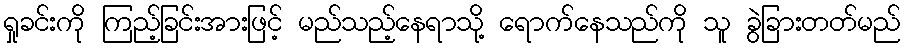
ရှုခင်းကို ကြည့်ခြင်းအားဖြင့် မည်သည့်နေရာသို့ ရောက်နေသည်ကို သူ ခွဲခြားတတ်မည်